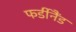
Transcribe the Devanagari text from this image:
फर्डीनैंड